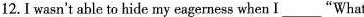
12.1 wasn't able to hide my eagerness when I ___ “What